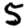
Digit: 5